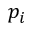
p _ { i }